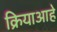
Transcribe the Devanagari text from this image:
क्रियाआहे